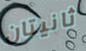
ثانيتان